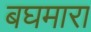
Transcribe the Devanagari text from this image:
बघमारा